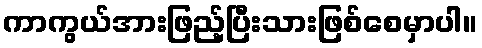
ကာကွယ်အားဖြည့်ပြီးသားဖြစ်စေမှာပါ။